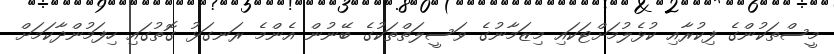
މީސްތަކުންގެ ފިކުރާއި ކުޅެލުމަށްޓަކައި މިޒަމާނުގެ ވަސީލަތްތަކުގެ ބޭނުން އެންމެ ރަނގަޅު ގޮތުގައި ހިފަމުންދާކަމަށް